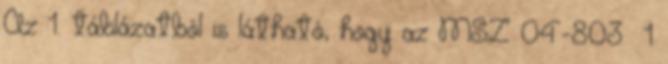
Az 1. táblázatból is látható, hogy az MSZ 04-803 1